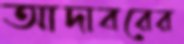
আদাবরের